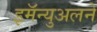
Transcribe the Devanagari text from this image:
इमॅन्युअलने